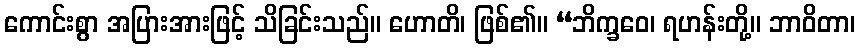
ကောင်းစွာ အပြားအားဖြင့် သိခြင်းသည်။ ဟောတိ၊ ဖြစ်၏။ “ဘိက္ခဝေ၊ ရဟန်းတို့။ ဘာဝိတာ၊